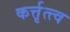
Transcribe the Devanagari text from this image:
कर्त्तृत्त्व